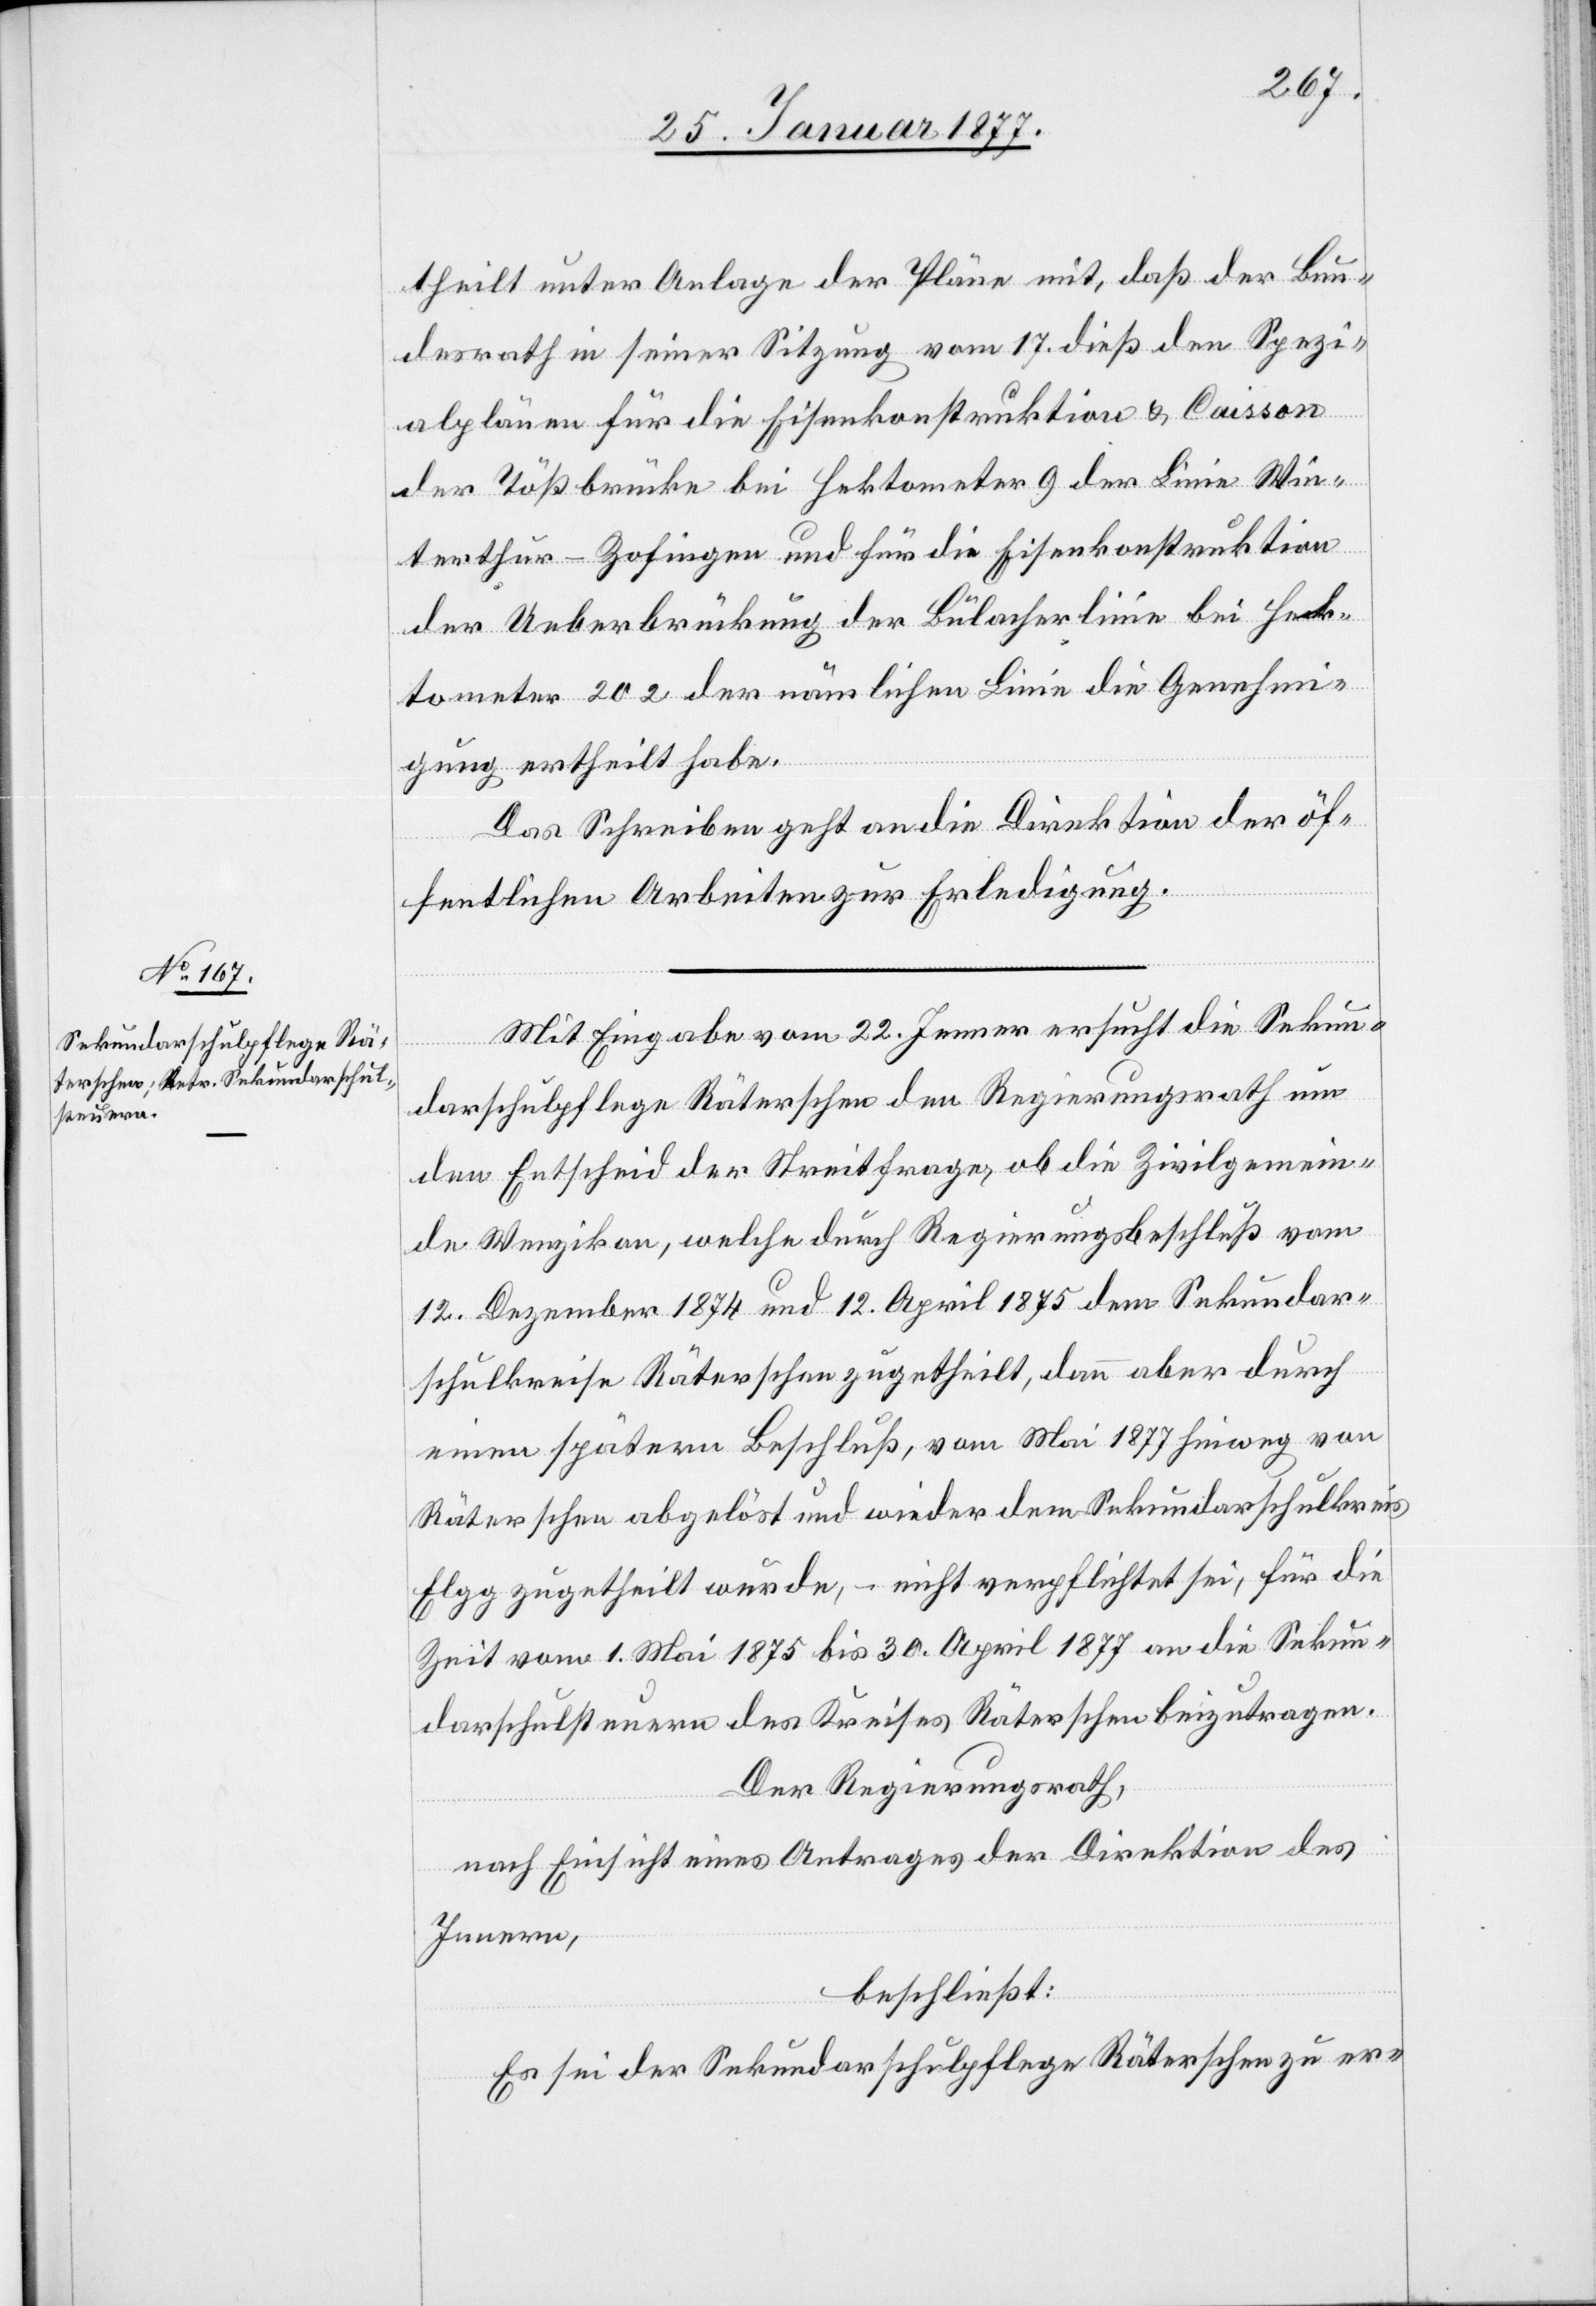
26. Januar 1877.]
theilt unter Anlage der Pläne mit, daß der Bun¬
desrath in seiner Sitzung vom 17. dieß den Spezi¬
alplänen für die Eisenkonstruktion & Caisson
der Tößbrücke bei Hektometer 9 der Linie Win¬
terthur–Zofingen und für die Eisenkonstruktion
der Ueberbrückung der Bülacherlinie bei Hek¬
tometer 202 der nämlichen Linie die Genehmi¬
gung ertheilt habe.
Das Schreiben geht an die Direktion der öf¬
fentlichen Arbeiten zur Erledigung.
Mit Eingabe vom 22. Jenner ersucht die Sekun¬
darschulpflege Räterschen den Regierungsrath um
den Entscheid der Streitfrage, ob die Zivilgemein¬
de Wenzikon, welche durch Regierungsbeschluß vom
12. Dezember 1874 und 12. April 1875 dem Sekundar¬
schulkreise Räterschen zugetheilt, dann aber durch
einen spätern Beschluß, vom Mai 1877 hinweg von
Räterschen abgelöst und wieder dem Sekundarschulkreis
Elgg zugetheilt wurde, – nicht verpflichtet sei, für die
Zeit vom 1. Mai 1875 bis 30. April 1877 an die Sekun¬
darschulsteuern des Kreises Räterschen beizutragen.
Der Regierungsrath,
nach Einsicht eines Antrages der Direktion des
Innern,
beschließt:
Es sei der Sekundarschulpflege Räterschen zu er-